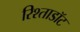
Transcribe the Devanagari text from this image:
रिश्ताडॉट